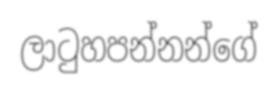
ලාටුහපන්නන්ගේ